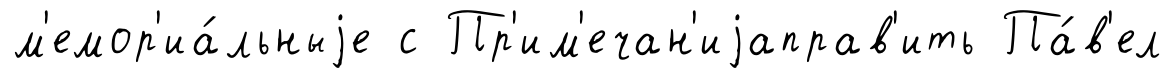
м'емор'иа́льныjе с Пр'им'ечан'иjаправ'ить Па́в'ел